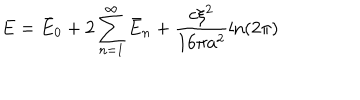
E = \bar { E } _ { 0 } + 2 \sum _ { n = 1 } ^ { \infty } \bar { E } _ { n } + \frac { c \xi ^ { 2 } } { 1 6 \pi a ^ { 2 } } \ln ( 2 \pi )